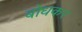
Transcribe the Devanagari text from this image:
बोधकर